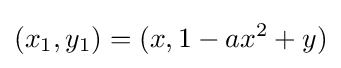
(x_{1},y_{1})=(x,1-ax^{2}+y)